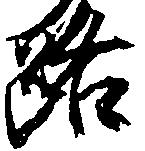
路